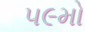
૫૯મો